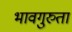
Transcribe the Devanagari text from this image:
भावगुरुता